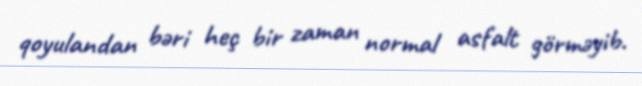
qoyulandan bəri heç bir zaman normal asfalt görməyib.